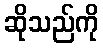
ဆိုသည်ကို